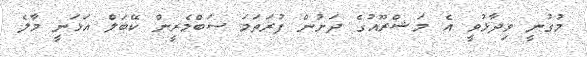
މުގުނީ ވިދާޅުވީ އެ މަޝްރޫއުގެ ދަށުން ފުރަތަމަ ސަބްމެރީން ކޭބަލް އަޅަނީ މާލެ